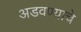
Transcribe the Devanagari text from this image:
अडवण्याचे